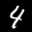
Label: 4